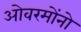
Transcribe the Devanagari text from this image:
ओवरमोंनो